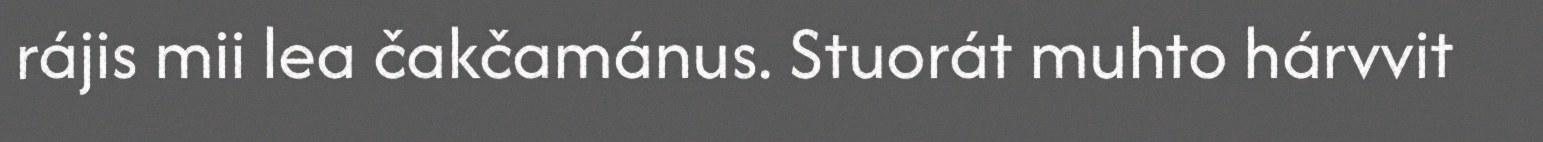
rájis mii lea čakčamánus. Stuorát muhto hárvvit